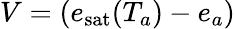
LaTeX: V=(e_{\mathrm{sat}}(T_{a})-e_{a})